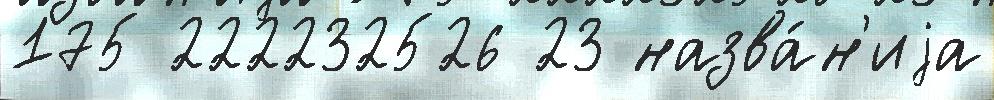
175 222232526 23 назва́н'иjа